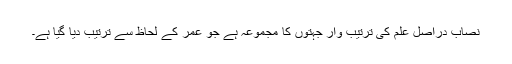
نصاب دراصل علم کی ترتیب وار جہتوں کا مجموعہ ہے جو عمر کے لحاظ سے ترتیب دیا گیا ہے۔